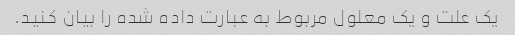
یک علت و یک معلول مربوط به عبارت داده شده را بیان کنید.